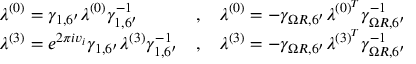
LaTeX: \begin{array} { l c l } { { \lambda ^ { ( 0 ) } = \gamma _ { 1 , 6 ^ { \prime } } \lambda ^ { ( 0 ) } \gamma _ { 1 , 6 ^ { \prime } } ^ { - 1 } } } & { { , } } & { { \lambda ^ { ( 0 ) } = - \gamma _ { \Omega R , 6 ^ { \prime } } \lambda ^ { ( 0 ) ^ { T } } \gamma _ { \Omega R , 6 ^ { \prime } } ^ { - 1 } } } \\ { { \lambda ^ { ( 3 ) } = e ^ { 2 \pi i v _ { i } } \gamma _ { 1 , 6 ^ { \prime } } \lambda ^ { ( 3 ) } \gamma _ { 1 , 6 ^ { \prime } } ^ { - 1 } } } & { { , } } & { { \lambda ^ { ( 3 ) } = - \gamma _ { \Omega R , 6 ^ { \prime } } \lambda ^ { ( 3 ) ^ { T } } \gamma _ { \Omega R , 6 ^ { \prime } } ^ { - 1 } } } \end{array}